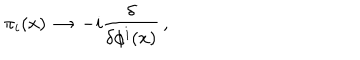
\pi _ { i } ( x ) \, \to \, - i { \frac { \delta } { \delta \phi ^ { i } ( x ) } } \, ,